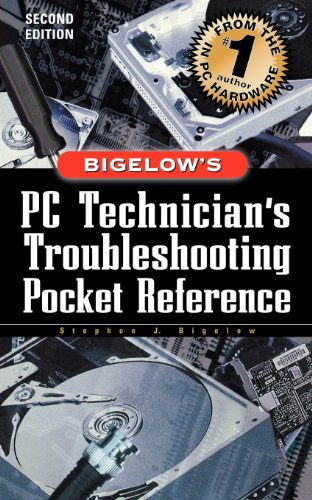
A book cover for PC Technician's Troubleshooting Pocket Reference; Stephen Bigelow; Computers & Technology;